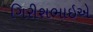
ગિરીશભાઇએ